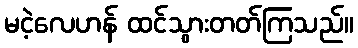
မငဲ့လေဟန် ထင်သွားတတ်ကြသည်။